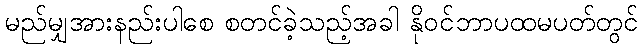
မည်မျှအားနည်းပါစေ စတင်ခဲ့သည့်အခါ နိုဝင်ဘာပထမပတ်တွင်